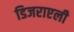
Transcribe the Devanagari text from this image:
डिजराएली